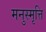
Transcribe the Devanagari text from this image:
मनुस्मृत्ति